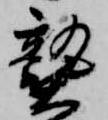
熟